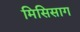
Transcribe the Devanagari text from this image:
मिसिसाग